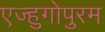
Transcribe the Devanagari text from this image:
एज्हुगोपुरम